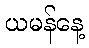
ယမန်နေ့